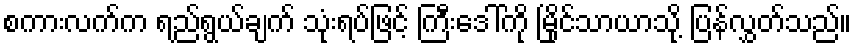
စကားလက်က ရည်ရွယ်ချက် သုံးရပ်ဖြင့် ကြီးဒေါ်ကို မြိုင်သာယာသို့ ပြန်လွှတ်သည်။